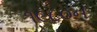
૧૯૮૦ન